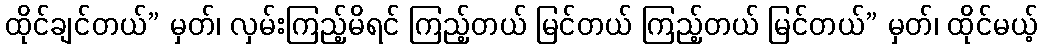
ထိုင်ချင်တယ်” မှတ်၊ လှမ်းကြည့်မိရင် ကြည့်တယ် မြင်တယ် ကြည့်တယ် မြင်တယ်” မှတ်၊ ထိုင်မယ့်